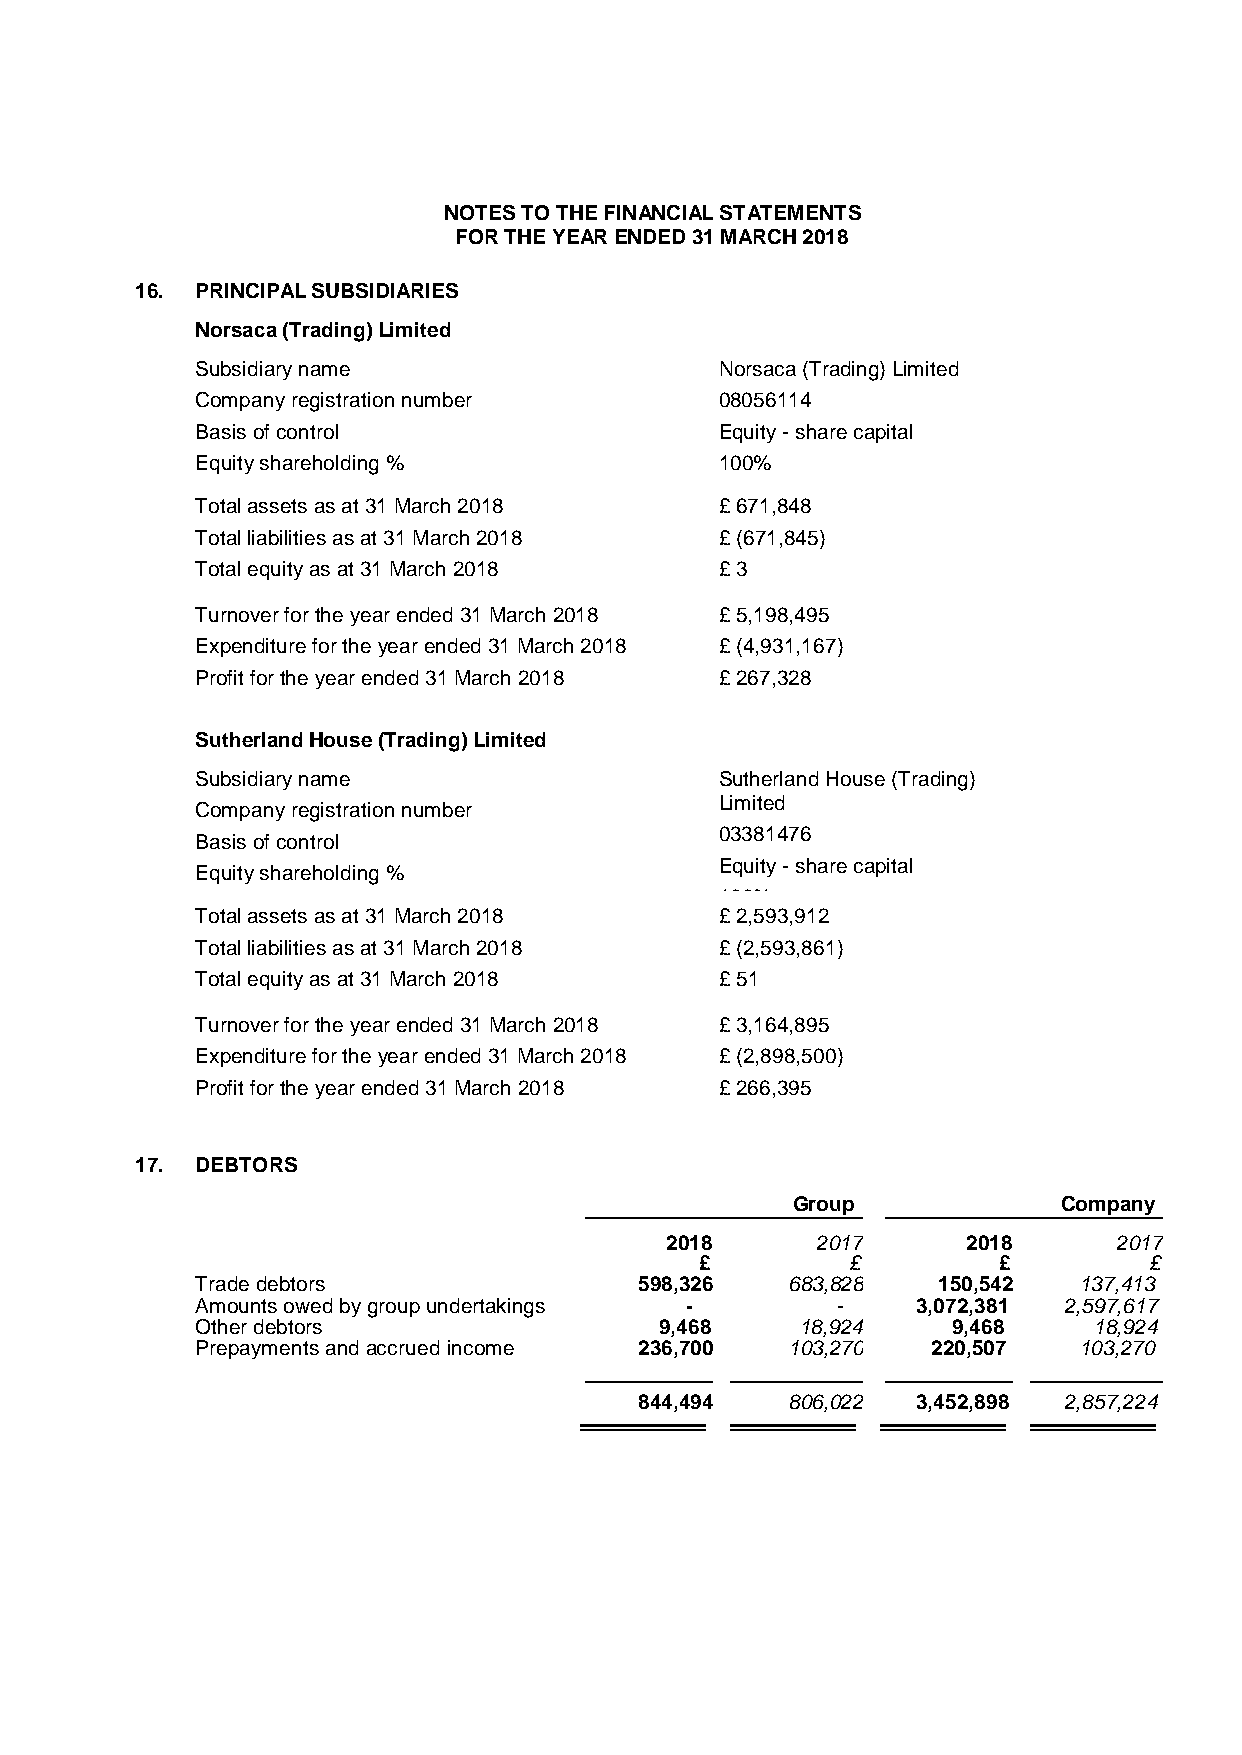
NOTES TO THE FINANCIAL STATEMENTS
 FOR THE YEAR ENDED 31 MARCH 2018
 16. PRINCIPAL SUBSIDIARIES
 Norsaca (Trading) Limited
 Subsidiary name                    Norsaca (Trading) Limited
 Company registration number        08056114
 Basis of control                   Equity - share capital
 Equity shareholding %              100%
 Total assets as at 31 March 2018   £ 671,848
 Total liabilities as at 31 March 2018 £ (671,845)
 Total equity as at 31 March 2018   £ 3
 Turnover for the year ended 31 March 2018 £ 5,198,495
 Expenditure for the year ended 31 March 2018 £ (4,931,167)
 Profit for the year ended 31 March 2018 £ 267,328
 Sutherland House (Trading) Limited
 Subsidiary name                    Sutherland House (Trading)
 Limited
 Company registration number
 03381476
 Basis of control
 Equity - share capital
 Equity shareholding %
 100%
 Total assets as at 31 March 2018   £ 2,593,912
 Total liabilities as at 31 March 2018 £ (2,593,861)
 Total equity as at 31 March 2018   £ 51
 Turnover for the year ended 31 March 2018 £ 3,164,895
 Expenditure for the year ended 31 March 2018 £ (2,898,500)
 Profit for the year ended 31 March 2018 £ 266,395
 17. DEBTORS
 Group             Company
 2018      2017      2018      2017
 £         £         £         £
 Trade debtors                598,326   683,828   150,542  137,413
 Amounts owed by group undertakings -      -     3,072,381 2,597,617
 Other debtors                  9,468    18,924    9,468    18,924
 Prepayments and accrued income 236,700 103,270   220,507  103,270
 844,494   806,022  3,452,898 2,857,224